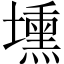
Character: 壎